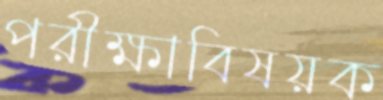
পরীক্ষাবিষয়ক